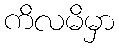
ကိလမိမှာ